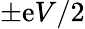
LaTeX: \pm\mathrm{e}V/2